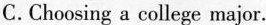
C.Choosing a college major.